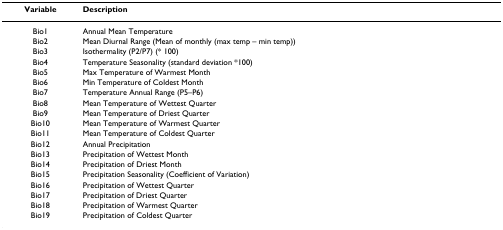
| Variable | Description |
 | --- | --- |
 | Bio1 | Annual Mean Temperature |
 | Bio2 | Mean Diurnal Range (Mean of monthly (max temp – min temp)) |
 | Bio3 | Isothermality (P2/P7) (* 100) |
 | Bio4 | Temperature Seasonality (standard deviation *100) |
 | Bio5 | Max Temperature of Warmest Month |
 | Bio6 | Min Temperature of Coldest Month |
 | Bio7 | Temperature Annual Range (P5–P6) |
 | Bio8 | Mean Temperature of Wettest Quarter |
 | Bio9 | Mean Temperature of Driest Quarter |
 | Bio10 | Mean Temperature of Warmest Quarter |
 | Bio11 | Mean Temperature of Coldest Quarter |
 | Bio12 | Annual Precipitation |
 | Bio13 | Precipitation of Wettest Month |
 | Bio14 | Precipitation of Driest Month |
 | Bio15 | Precipitation Seasonality (Coefficient of Variation) |
 | Bio16 | Precipitation of Wettest Quarter |
 | Bio17 | Precipitation of Driest Quarter |
 | Bio18 | Precipitation of Warmest Quarter |
 | Bio19 | Precipitation of Coldest Quarter |